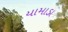
યામાડા